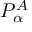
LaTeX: P _ { \alpha } ^ { A }